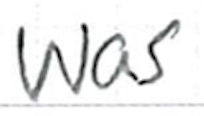
Text: was
Cross-out: clean
Writing tool: ballpoint